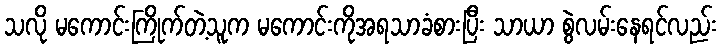
သလို မကောင်းကြိုက်တဲ့သူက မကောင်းကိုအရသာခံစားပြီး သာယာ စွဲလမ်းနေရင်လည်း